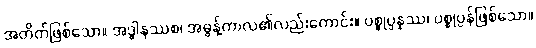
အတိတ်ဖြစ်သော။ အဒ္ဓါနဿစ၊ အဓွန့်ကာလ၏လည်းကောင်း။ ပစ္စုပ္ပန္နဿ၊ ပစ္စုပ္ပန်ဖြစ်သော။